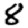
Digit: 8